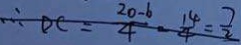
\therefore D C = \frac { 2 0 - 6 } { 4 } = \frac { 1 4 } { 4 } = \frac { 7 } { 2 }